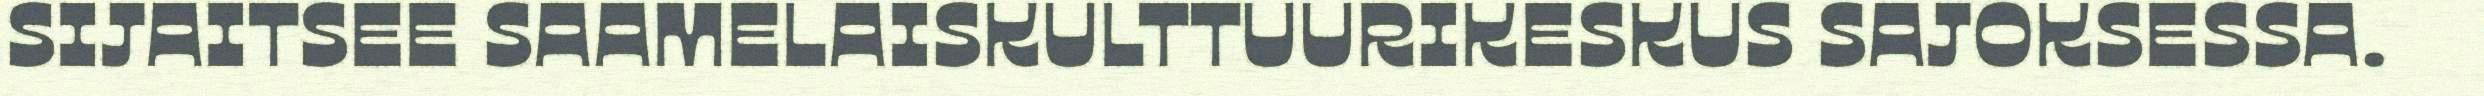
SIJAITSEE SAAMELAISKULTTUURIKESKUS SAJOKSESSA.